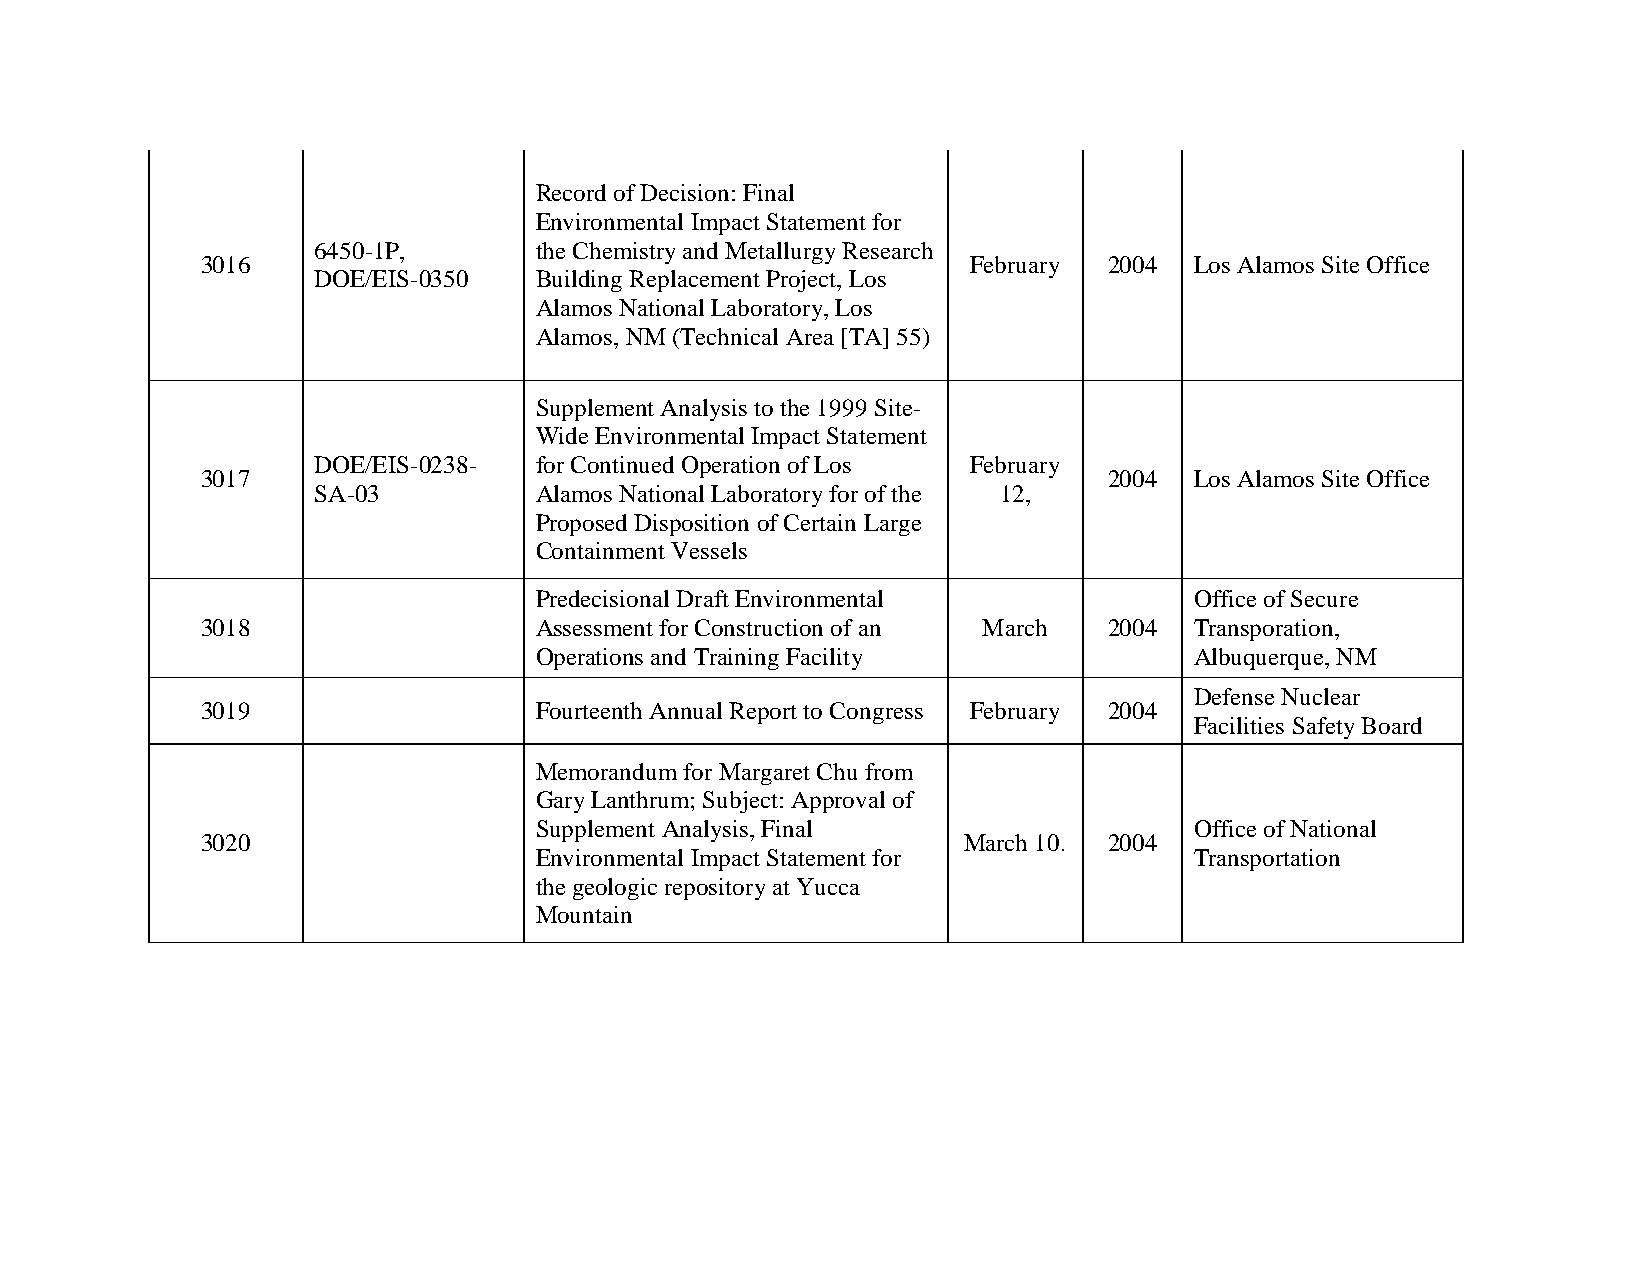
Record of Decision: Final
 Environmental Impact Statement for
 6450-1P,      the Chemistry and Metallurgy Research
 3016                                               February 2004  Los Alamos Site Office
 DOE/EIS-0350  Building Replacement Project, Los
 Alamos National Laboratory, Los
 Alamos, NM (Technical Area [TA] 55)
 Supplement Analysis to the 1999 Site-
 Wide Environmental Impact Statement
 DOE/EIS-0238- for Continued Operation of Los February
 3017                                                        2004  Los Alamos Site Office
 SA-03         Alamos National Laboratory for of the 12,
 Proposed Disposition of Certain Large
 Containment Vessels
 Predecisional Draft Environmental           Office of Secure
 3018                  Assessment for Construction of an March 2004 Transporation,
 Operations and Training Facility            Albuquerque, NM
 Defense Nuclear
 3019                  Fourteenth Annual Report to Congress February 2004
 Facilities Safety Board
 Memorandum for Margaret Chu from
 Gary Lanthrum; Subject: Approval of
 Supplement Analysis, Final                  Office of National
 3020                                               March 10. 2004
 Environmental Impact Statement for          Transportation
 the geologic repository at Yucca
 Mountain